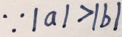
\because \vert a \vert > \vert b \vert